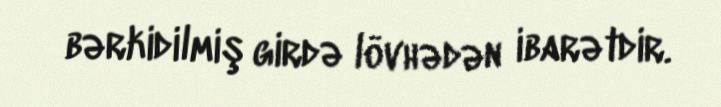
bərkidilmiş girdə lövhədən ibarətdir.